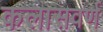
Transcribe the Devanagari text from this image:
कलासवर्ण